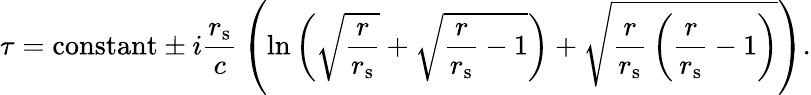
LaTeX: \tau={\mathrm{constant}}\pm i{\frac{r_{\mathrm{{s}}}}{c}}\left(\ln\left({\sqrt{\frac{r}{r_{\mathrm{{s}}}}}}+{\sqrt{{\frac{r}{r_{\mathrm{{s}}}}}-1}}\right)+{\sqrt{{\frac{r}{r_{\mathrm{{s}}}}}\left({\frac{r}{r_{\mathrm{{s}}}}}-1\right)}}\right).